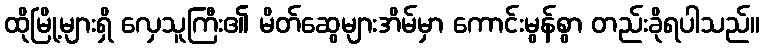
ထိုမြို့များရှိ လှေသူကြီး၏ မိတ်ဆွေများအိမ်မှာ ကောင်းမွန်စွာ တည်းခိုရပါသည်။